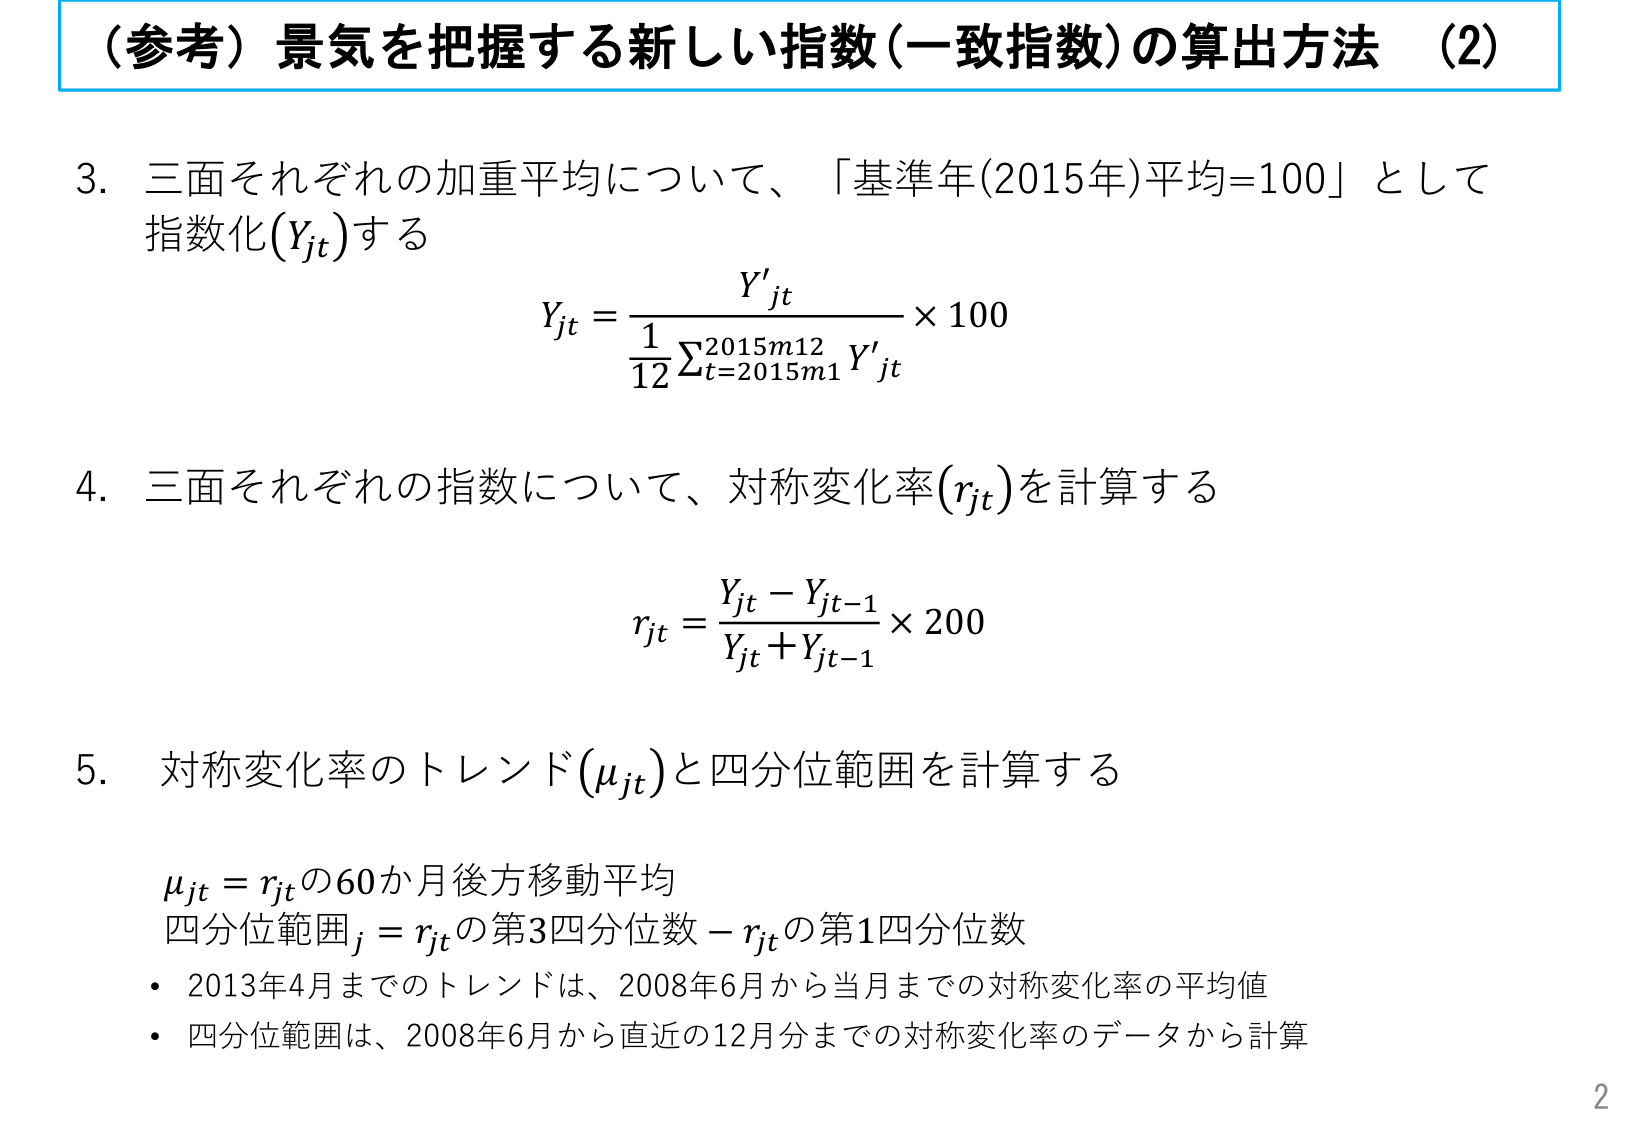
（参考）景気を把握する新しい指数（一致指数）の算出方法 （2）

3. 三面それぞれの加重平均について、「基準年(2015年)平均=100」として指数化(Yjt)する

Yjt = Y'jt / (1/12 Σt=2015m1^2015m12 Y'jt) × 100

4. 三面それぞれの指数について、対称変化率(rjt)を計算する

rjt = (Yjt - Yjt-1) / (Yjt + Yjt-1) × 200

5. 対称変化率のトレンド(μjt)と四分位範囲を計算する

μjt = rjtの60か月後方移動平均
四分位範囲j = rjtの第3四分位数 - rjtの第1四分位数
・2013年4月までのトレンドは、2008年6月から当月までの対称変化率の平均値
・四分位範囲は、2008年6月から直近の12月分までの対称変化率のデータから計算

2